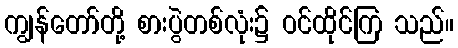
ကျွန်တော်တို့ စားပွဲတစ်လုံး၌ ဝင်ထိုင်ကြ သည်။